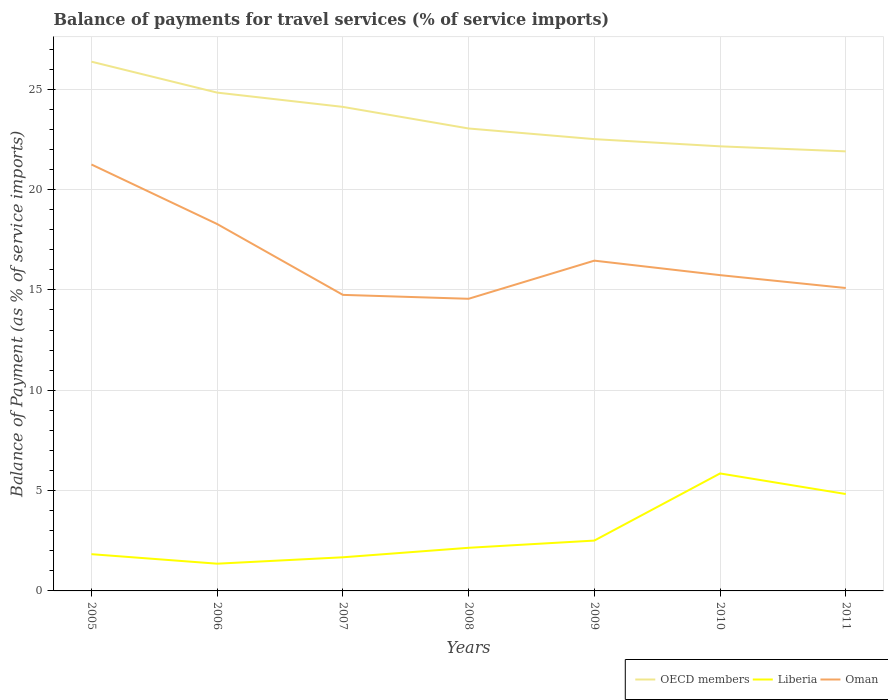
| Years | OECD members | Liberia | Oman |
 | --- | --- | --- | --- |
 | 2005 | 26.4 | 1.83 | 21.2 |
 | 2006 | 24.8 | 1.36 | 18.3 |
 | 2007 | 24.1 | 1.68 | 14.8 |
 | 2008 | 23 | 2.15 | 14.6 |
 | 2009 | 22.5 | 2.51 | 16.5 |
 | 2010 | 22.2 | 5.85 | 15.7 |
 | 2011 | 21.9 | 4.83 | 15.1 |